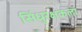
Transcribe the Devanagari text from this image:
सिंधुरक्षकला